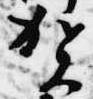
賀